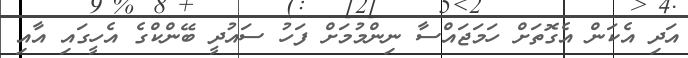
އަދި އެކަން އެގޮތަށް ހަމަޖައްސާ ނިންމުމަށް ފަހު ސައުދީ ބޭންކްގެ އެހީގައި އާއި